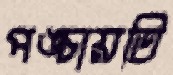
পঙ্চায়তি